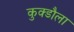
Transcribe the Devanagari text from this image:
कुक्डौला